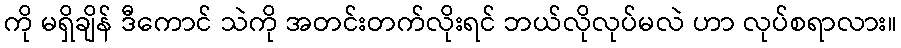
ကို မရှိချိန် ဒီကောင် သဲကို အတင်းတက်လိုးရင် ဘယ်လိုလုပ်မလဲ ဟာ လုပ်စရာလား။